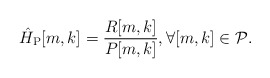
\begin{align*}\hat{H}_{\rm{P}}[m,k] = \frac{R[m,k]}{P[m,k]}, \forall [m,k] \in \mathcal{P}.\end{align*}